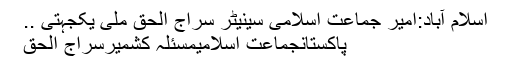
اسلام آباد:امیر جماعت اسلامی سینیٹر سراج الحق ملی یکجہتی ..
پاکستانجماعت اسلامیمسئلہ کشمیرسراج الحق